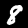
Label: 8